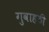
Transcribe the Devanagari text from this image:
गुवाहठी